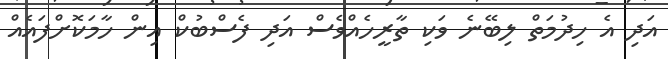
އަދި އެ ހިދުމަތް ލިބޭނެ ވަކި ތާރީހެއްވެސް އަދި ފެސްބުކް އިން ހާމަކޮށްފައެއް